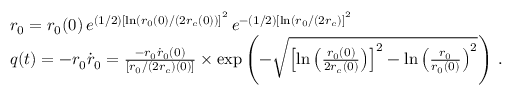
\begin{array} { r l } & { r _ { 0 } = r _ { 0 } ( 0 ) \, e ^ { \left( 1 / 2 \right) \left[ \ln ( r _ { 0 } ( 0 ) / ( 2 r _ { c } ( 0 ) ) \right] ^ { 2 } } \, e ^ { - \left( 1 / 2 \right) \left[ \ln ( r _ { 0 } / ( 2 r _ { c } ) \right] ^ { 2 } } } \\ & { q ( t ) = - r _ { 0 } \dot { r } _ { 0 } = \frac { - r _ { 0 } \dot { r } _ { 0 } ( 0 ) } { \left[ r _ { 0 } / \left( 2 r _ { c } \right) ( 0 ) \right] } \times \exp \left( - \sqrt { \left[ \ln \left( \frac { r _ { 0 } ( 0 ) } { 2 r _ { c } ( 0 ) } \right) \right] ^ { 2 } - \ln \left( \frac { r _ { 0 } } { r _ { 0 } ( 0 ) } \right) ^ { 2 } } \right) \, . } \end{array}